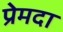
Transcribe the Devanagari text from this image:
प्रेमदा